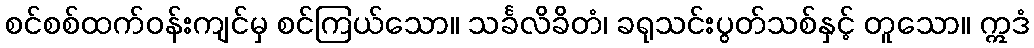
စင်စစ်ထက်ဝန်းကျင်မှ စင်ကြယ်သော။ သင်္ခလိခိတံ၊ ခရုသင်းပွတ်သစ်နှင့် တူသော။ ဣဒံ